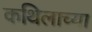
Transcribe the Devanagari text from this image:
कथिलाच्या